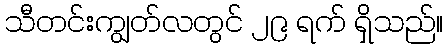
သီတင်းကျွတ်လတွင် ၂၉ ရက် ရှိသည်။